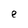
Character: e